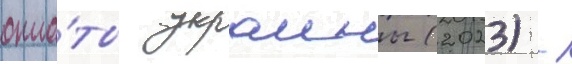
опла́ты украины (2023) -